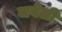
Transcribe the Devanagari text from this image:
जवेली